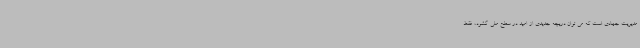
مدیریت جهادی است که می توان دریچه جدیدی از امید در سطح ملی گشود، فقط